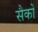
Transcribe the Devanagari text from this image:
सैकों